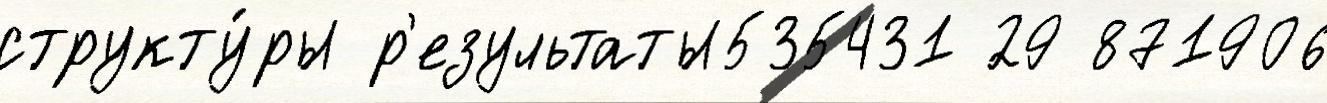
структу́ры р'езультаты535431 29 871906